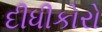
દીધીકોરો